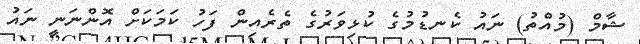
ޝާމް (މުއްތު) ނައު ކެނޑުމުގެ ކުޅިވަރުގެ ތެރެއިން ފަހު ކަމަކަށް އޮންނަނީ ނައު